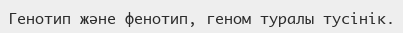
Генотип және фенотип, геном туралы тусінік.